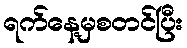
ရက်နေ့မှစတင်ပြီး